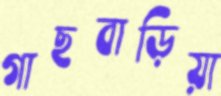
গাছবাড়িয়া